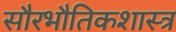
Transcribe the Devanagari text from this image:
सौरभौतिकशास्त्र